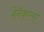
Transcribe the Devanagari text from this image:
हेरॅकल्स